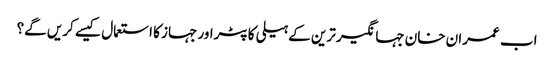
اب عمران خان جہانگیر ترین کے ہیلی کاپٹراور جہاز کا استعمال کیسے کریں گے؟